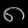
Digit: ၈